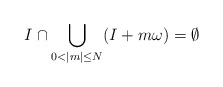
\begin{align*}I \cap \bigcup \limits_{0 < |m| \leq N} (I + m\omega) = \emptyset\end{align*}